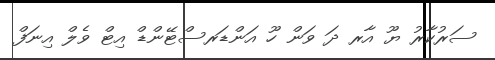
ސަރުކާރު ޔޫ އާރ ދަ ވަން ހޫ އަންޑަރސްޓޭންޑް އިޓް ވެލް އިނަފް